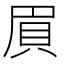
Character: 𮙸